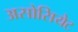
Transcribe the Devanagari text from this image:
असोसियेट